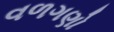
વળગણો